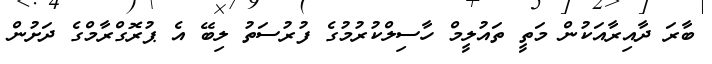
ބާރަ ދާއިރާއަކުން މަތީ ތައުލީމް ހާސިލްކުރުމުގެ ފުރުސަތު ލިބޭ އެ ޕުރޮގްރާމްގެ ދަށުން